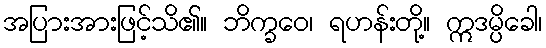
အပြားအားဖြင့်သိ၏။ ဘိက္ခဝေ၊ ရဟန်းတို့။ ဣဒမ္ပိခေါ၊